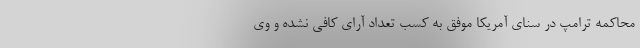
محاکمه ترامپ در سنای آمریکا موفق به کسب تعداد آرای کافی نشده و وی